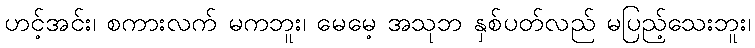
ဟင့်အင်း၊ စကားလက် မကဘူး၊ မေမေ့ အသုဘ နှစ်ပတ်လည် မပြည့်သေးဘူး၊